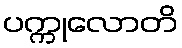
ပက္ကုလောတိ